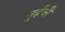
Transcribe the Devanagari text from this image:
नुर्हची